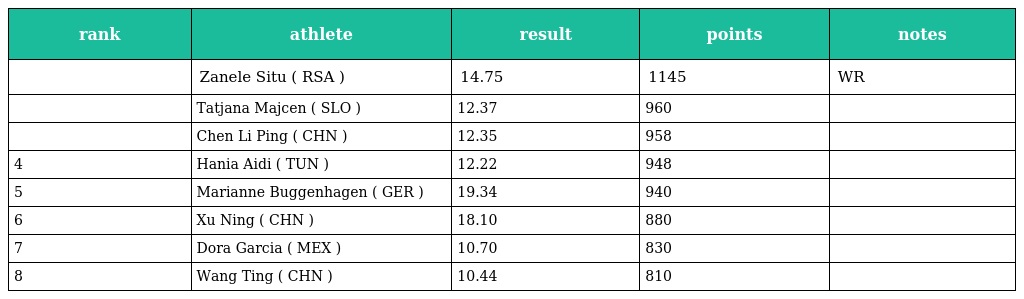
| rank | athlete | result | points | notes |
 | --- | --- | --- | --- | --- |
 |  | Zanele Situ ( RSA ) | 14.75 | 1145 | WR |
 |  | Tatjana Majcen ( SLO ) | 12.37 | 960 |  |
 |  | Chen Li Ping ( CHN ) | 12.35 | 958 |  |
 | 4 | Hania Aidi ( TUN ) | 12.22 | 948 |  |
 | 5 | Marianne Buggenhagen ( GER ) | 19.34 | 940 |  |
 | 6 | Xu Ning ( CHN ) | 18.10 | 880 |  |
 | 7 | Dora Garcia ( MEX ) | 10.70 | 830 |  |
 | 8 | Wang Ting ( CHN ) | 10.44 | 810 |  |